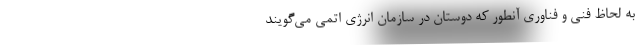
به لحاظ فنی و فناوری آنطور که دوستان در سازمان انرژی اتمی می‌گویند